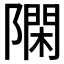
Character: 𨼝